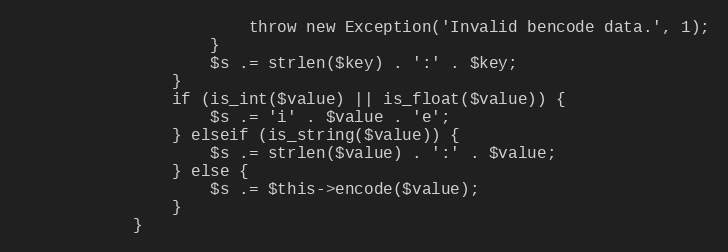
Language: PHP
						throw new Exception('Invalid bencode data.', 1);
					}
					$s .= strlen($key) . ':' . $key;
				}
				if (is_int($value) || is_float($value)) {
					$s .= 'i' . $value . 'e';
				} elseif (is_string($value)) {
					$s .= strlen($value) . ':' . $value;
				} else {
					$s .= $this->encode($value);
				}
			}